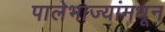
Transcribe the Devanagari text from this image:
पालेभाज्यांमधून